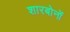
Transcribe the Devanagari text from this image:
शारबोनों